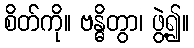
စိတ်ကို။ ဗန္ဓိတွာ၊ ဖွဲ့၍။